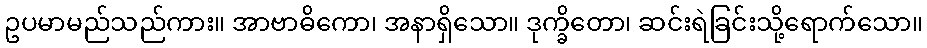
ဥပမာမည်သည်ကား။ အာဗာဓိကော၊ အနာရှိသော။ ဒုက္ခိတော၊ ဆင်းရဲခြင်းသို့ရောက်သော။